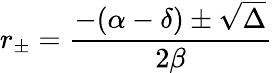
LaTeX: r_{\pm}=\frac{-(\alpha-\delta)\pm\sqrt{\Delta}}{2\beta}